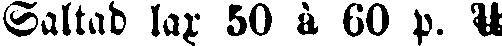
Saltad lax 50 à 60 p. U